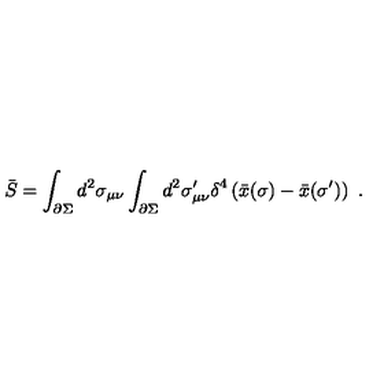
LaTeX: \bar { S } = \int _ { \partial \Sigma } d ^ { 2 } \sigma _ { \mu \nu } \int _ { \partial \Sigma } d ^ { 2 } \sigma _ { \mu \nu } ^ { \prime } \delta ^ { 4 } \left( \bar { x } ( \sigma ) - \bar { x } ( \sigma ^ { \prime } ) \right) \ .